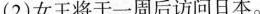
(2)女王将于一周后访问日本.。